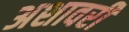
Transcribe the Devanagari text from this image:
अशावरी